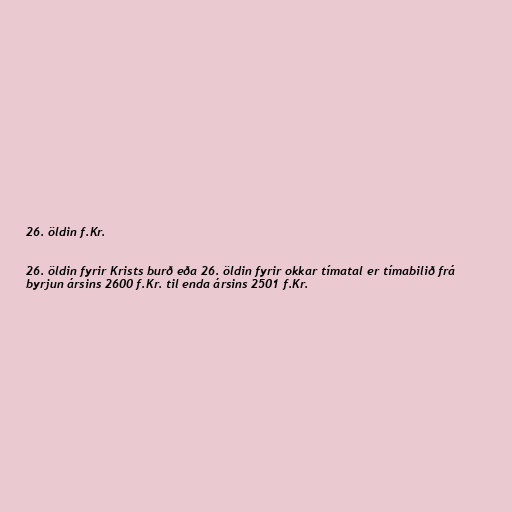
26. öldin f.Kr.

26. öldin fyrir Krists burð eða 26. öldin fyrir okkar tímatal er tímabilið frá
byrjun ársins 2600 f.Kr. til enda ársins 2501 f.Kr.